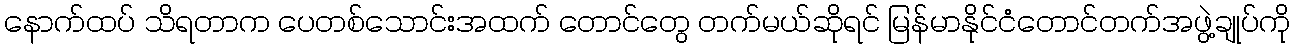
နောက်ထပ် သိရတာက ပေတစ်သောင်းအထက် တောင်တွေ တက်မယ်ဆိုရင် မြန်မာနိုင်ငံတောင်တက်အဖွဲ့ချုပ်ကို